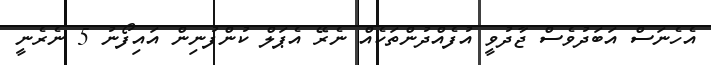
އެހެނަސް އަބަދުވެސް ޖާދުވީ އުފެއްދުންތަކެއް ނެރޭ އެޕަލް ކުންފުނިން އައިފޯނު 5 ނެރެނީ